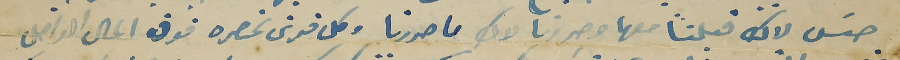
حسَ لاك قبلنا معها وحررنا لاك ما حررنا وكل قرش نحصره فوق المال الواصل